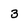
Character: 3